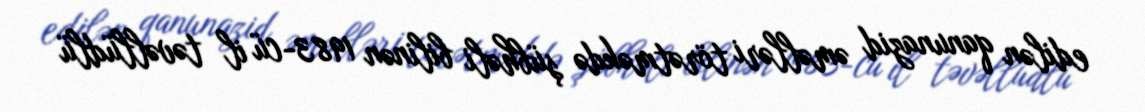
edilən qanunazid əməlləri törətməkdə şübhəli bilinən 1983-cü il təvəllüdlü